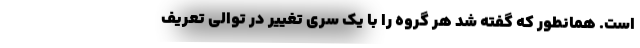
است. همانطور که گفته شد هر گروه را با یک سری تغییر در توالی تعریف